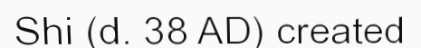
Shi (d. 38 AD) created